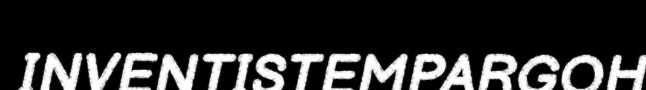
INVENTISTEMPARGOH